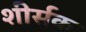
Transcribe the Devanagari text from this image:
शीर्सक